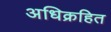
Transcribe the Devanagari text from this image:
अधिक्रहित